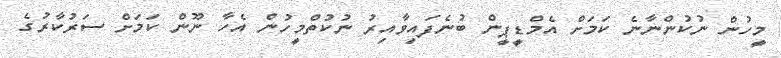
މީހުން ނުކުންނާނެ ކަމަށް އެމްޑީޕީން ބުނެފައިވާއިރު ނުކުތްމީހުން އެހާ ނޫން ކަމަށް ސަރުކާރުގެ